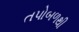
તપોબળથી